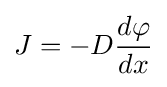
{\displaystyle J=-D{\frac {d\varphi }{dx}}}